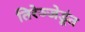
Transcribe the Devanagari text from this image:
तिरेञ्जेडूंत